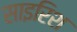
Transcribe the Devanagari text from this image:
साइरिश